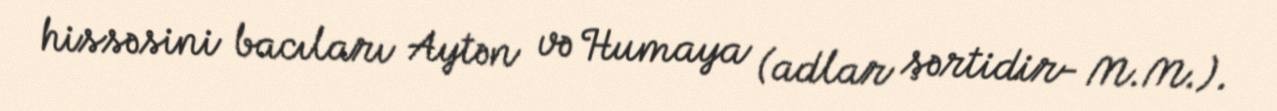
hissəsini bacıları Aytən və Humaya (adlar şərtidir- M.M.).